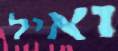
ואיל